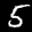
Label: 5